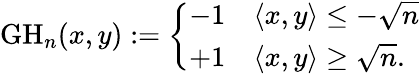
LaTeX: {\mathrm{GH}}_{n}(x,y):={\left\{ \begin{array}{ll}{-1}&{\langle x,y\rangle\leq-{\sqrt{n}}}\\ {+1}&{\langle x,y\rangle\geq{\sqrt{n}}.}\end{array}\right.}